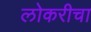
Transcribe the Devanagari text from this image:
लोकरीचा